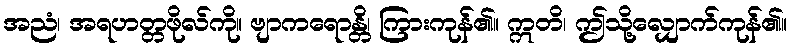
အညံ၊ အရဟတ္တဖိုလ်ကို။ ဗျာကရောန္တိ၊ ကြားကုန်၏။ ဣတိ၊ ဤသို့လျှောက်ကုန်၏။